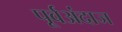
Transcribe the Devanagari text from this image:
पूर्वअंदाज